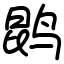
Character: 鹍